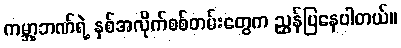
ကမ္ဘာ့ဘဏ်ရဲ့ နှစ်အလိုက်စစ်တမ်းတွေက ညွှန်ပြနေပါတယ်။